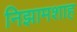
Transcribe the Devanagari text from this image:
निझामशाह